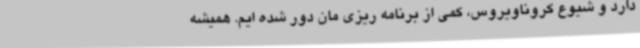
دارد و شیوع کروناویروس، کمی از برنامه ریزی مان دور شده ایم. همیشه